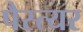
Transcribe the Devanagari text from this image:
पैस्त्यर